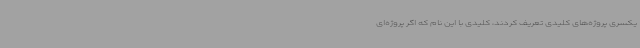
یکسری پروژه‌های کلیدی تعریف کردند، کلیدی با این نام که اگر پروژه‌ای